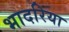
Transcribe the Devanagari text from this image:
भादरिया